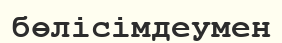
бөлісімдеумен